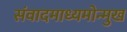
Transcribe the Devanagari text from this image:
संवादमाध्यमोन्मुख